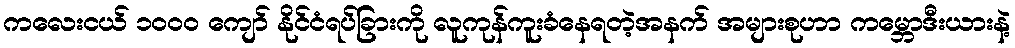
ကလေးငယ် ၁၀၀၀ ကျော် နိုင်ငံရပ်ခြားကို လူကုန်ကူးခံနေရတဲ့အနက် အများစုဟာ ကမ္ဘောဒီးယားနဲ့